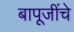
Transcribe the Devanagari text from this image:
बापूजींचे